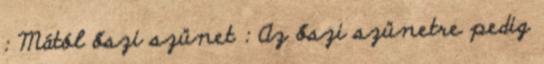
: Mától őszi szünet : Az őszi szünetre pedig